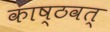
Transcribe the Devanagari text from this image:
काष्ठवत्